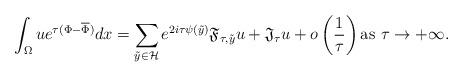
LaTeX: \begin{align*}\int_{\Omega}ue^{\tau(\Phi-\overline \Phi)}dx=\sum_{\tilde y\in\mathcal H}e^{2i\tau\psi(\tilde y)}\frak F_{\tau,\tilde y}u+\frak J_{\tau}u+ o\left(\frac{1}{\tau}\right)\mbox{as}\,\,\tau\rightarrow +\infty.\end{align*}